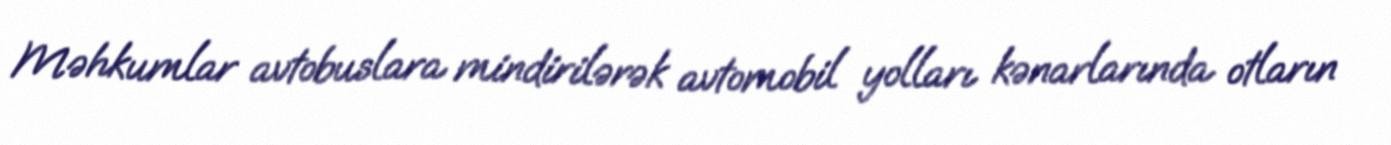
Məhkumlar avtobuslara mindirilərək avtomobil yolları kənarlarında otların